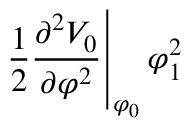
\left. \frac { 1 } { 2 } \frac { \partial ^ { 2 } V _ { 0 } } { \partial \varphi ^ { 2 } } \right| _ { \varphi _ { 0 } } \varphi _ { 1 } ^ { 2 }